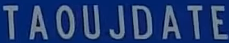
TAOUJDATE